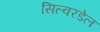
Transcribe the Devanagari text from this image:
सिल्वरडेल